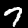
Label: 7